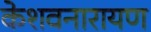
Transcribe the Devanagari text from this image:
केशवनारायण